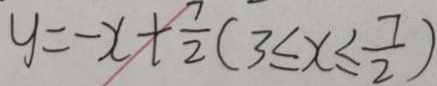
y = - x + \frac { 7 } { 2 } ( 3 \leq x \leq \frac { 7 } { 2 } )